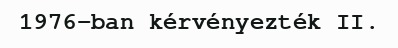
1976-ban kérvényezték II.